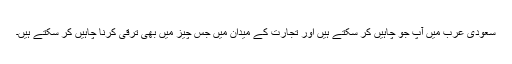
سعودى عرب میں آپ جو چاہیں کر سکتے ہیں اور تجارت کے میدان میں جس چیز میں بهى ترقى کرنا چاہیں کر سکتے ہیں۔